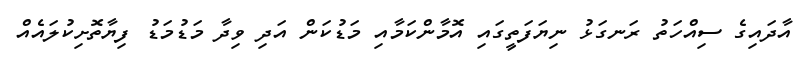
އާދައިގެ ސިއްހަތު ރަނގަޅު ނިޔަފަތީގައި އޮމާންކަމާއި މަޑުކަން އަދި ވިދާ މަޑުމަޑު ފިޔާތޮށިކުލައެއް